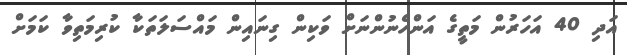
އަދި 40 އަހަރުން މަތީގެ އަންހެނުންނަށް ވަކިން ގިނައިން މައްސަލަތަކާ ކުރިމަތިވާ ކަމަށް